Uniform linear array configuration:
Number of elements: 12
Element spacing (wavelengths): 1
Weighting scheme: binomial
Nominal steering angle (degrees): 0
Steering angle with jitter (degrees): -1.394
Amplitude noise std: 0.05
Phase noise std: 0.05

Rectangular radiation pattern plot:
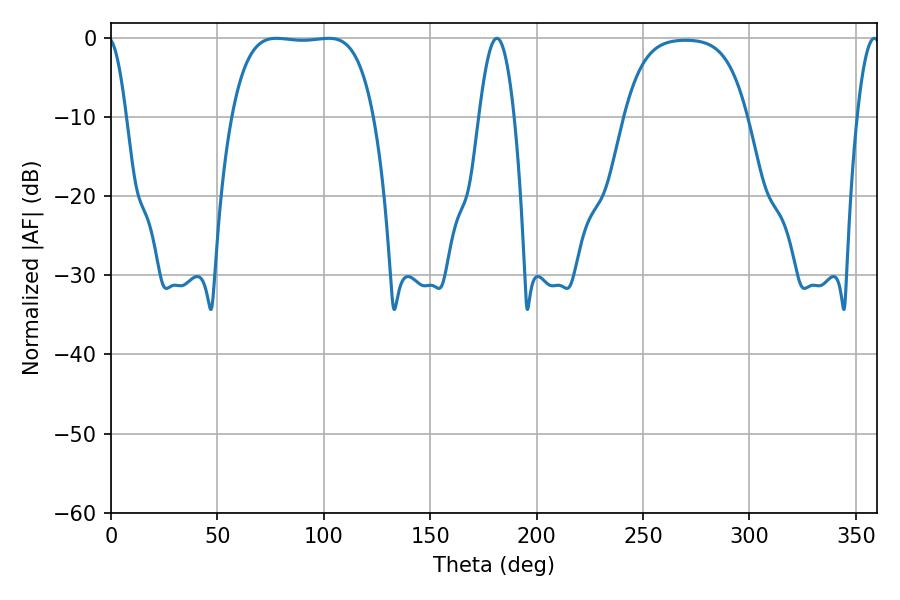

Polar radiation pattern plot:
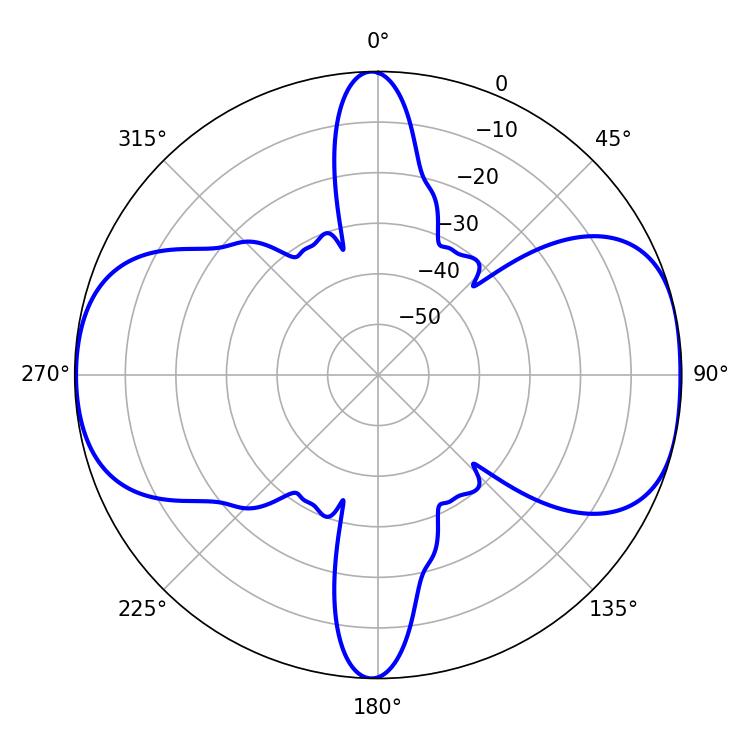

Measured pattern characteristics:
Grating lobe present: TRUE
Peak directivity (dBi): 9.691
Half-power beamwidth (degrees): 52.2
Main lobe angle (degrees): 77.76